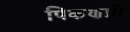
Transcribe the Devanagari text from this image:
पिकणारी